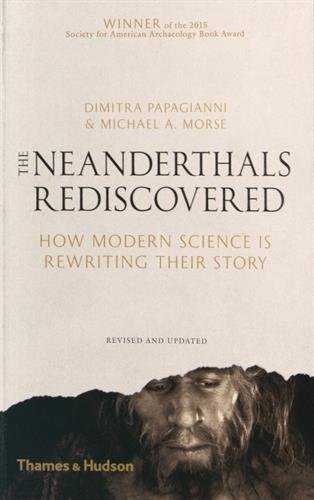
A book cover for The Neanderthals Rediscovered: How Modern Science Is Rewriting Their Story (Revised and Updated Edition); Dimitra Papagianni; Science & Math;